Vaccine operations Central Provinces & Berar 1912-1920 - 1912-1920
Year: 1912
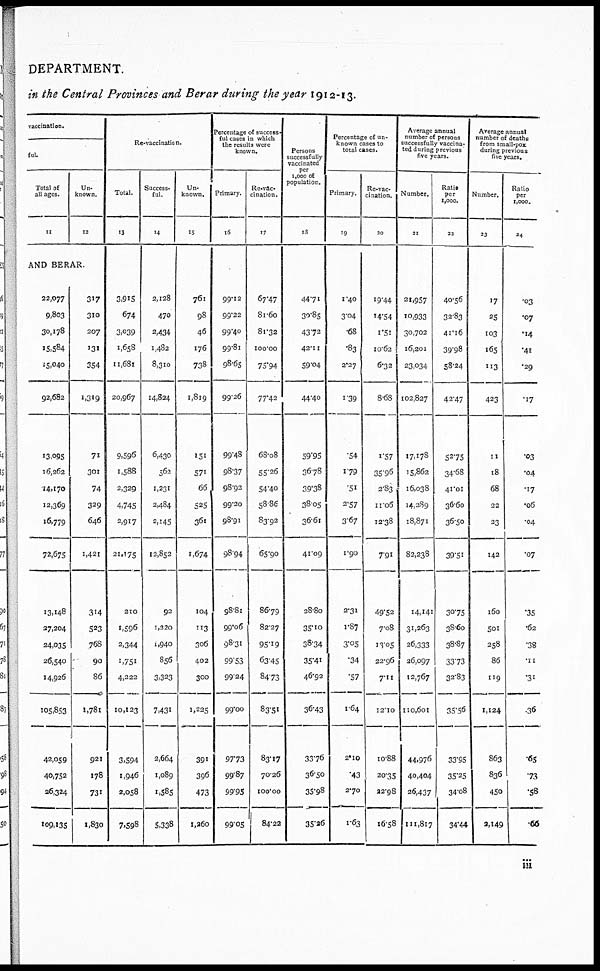
DEPARTMENT.
in the Central Provinces and Berar during the year 1912-13.
vaccination.
ful.
Total of
all ages.
11
Un-
known.
12
AND BERAR.
22,077
9,803
30,178
15,584
15,040
92,682
13,095
16,262
14,170
12,369
16,779
72,675
13,148
27,204
24,035
26,540
14,926
105,853
42,059
40,752
26,324
109,135
317
310
207
131
354
1,319
71
301
74
329
646
1,421
314
523
768
90
86
1,781
921
178
731
1,830
Re-vaccination.
Total.
13
3,915
674
3,039
1,658
11,681
20,967
9,596
1,588
2,329
4,745
2,917
21,175
210
1,596
2,344
1,751
4,222
10,123
3,594
1,946
2,058
7,598
Success-
ful.
14
2,128
470
2,434
1,482
8,310
14,824
6,430
562
1,231
2,484
2,145
12,852
92
1,220
1,940
856
3,323
7,431
2,664
1,089
1,585
5,338
Un-
known.
15
761
98
46
176
738
1,819
151
571
66
525
361
1,674
104
113
306
402
300
1,225
391
396
473
1,260
Percentage of success-
ful cases in which
the results were
known.
Primary.
16
99.12
99.22
99.40
99.81
98.65
99.26
99.48
98.37
98.92
99.20
98.91
98.94
98.81
99.06
98.31
99.53
99.24
99.00
97.73
99.87
99.95
99.05
Re-vac-
cination.
17
67.47
81.60
81.32
100.00
75.94
77.42
68.08
55.26
54.40
58.86
83.92
65.90
86.79
82.27
95.19
63.45
84.73
83.51
83.17
70.26
100.00
84.22
Persons
successfully
vaccinated
per
1,000 of
population.
18
44.71
30.85
43.72
42.11
59.04
44.40
59.95
36.78
39.38
38.05
36.61
41.09
28.80
35.10
38.34
35.41
46.92
36.43
33.76
36.50
35.98
35.26
Percentage of un-
known cases to
total cases.
Primary.
19
1.40
3.04
.68
.83
2.27
1.39
.54
1.79
.51
2.57
3.67
1.90
2.31
1.87
3.05
.34
.57
1.64
2.10
43
2.70
1.63
Re-vac-
cination.
20
19.44
14.54
1.51
10.62
6.32
8.68
1.57
35.96
2.83
11.06
12.38
7.91
49.52
7.08
13.05
22.96
7.11
12.10
10.88
20.35
22.98
16.58
Average annual
number of persons
successfully vaccina-
ted during previous
five years.
Number.
21
21,957
10,933
30,702
16,201
23,034
102,827
17,178
15,862
16,038
14,289
18,871
82,238
14,141
31,263
26,333
26,097
12,767
110,601
44,976
40,404
26,437
111,817
Ratio
per
1,000.
22
40.56
32.83
41.16
39.98
58.24
42.47
52.75
34.68
41.01
36.60
36.50
39.51
30.75
38.60
38.87
33.73
32.83
35.56
33.95
35.25
34.08
34.44
Average annual
number of deaths
from small-pox
during previous
five years.
Number.
23
17
25
103
165
113
423
11
18
68
22
23
142
160
501
258
86
119
1,124
863
836
450
2,149
Ratio
per
1,000.
24
.03
.07
.14
.41
.29
.17
.03
.04
.17
.06
.04
.07
.35
.62
.38
.11
.31
.36
.65
.73
.58
.66
iii